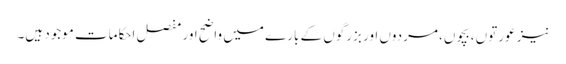
نیز عورتوں ،بچوں، مردوں اور بزرگوں کے بارے میں واضح اور مفصل احکامات موجود ہیں۔